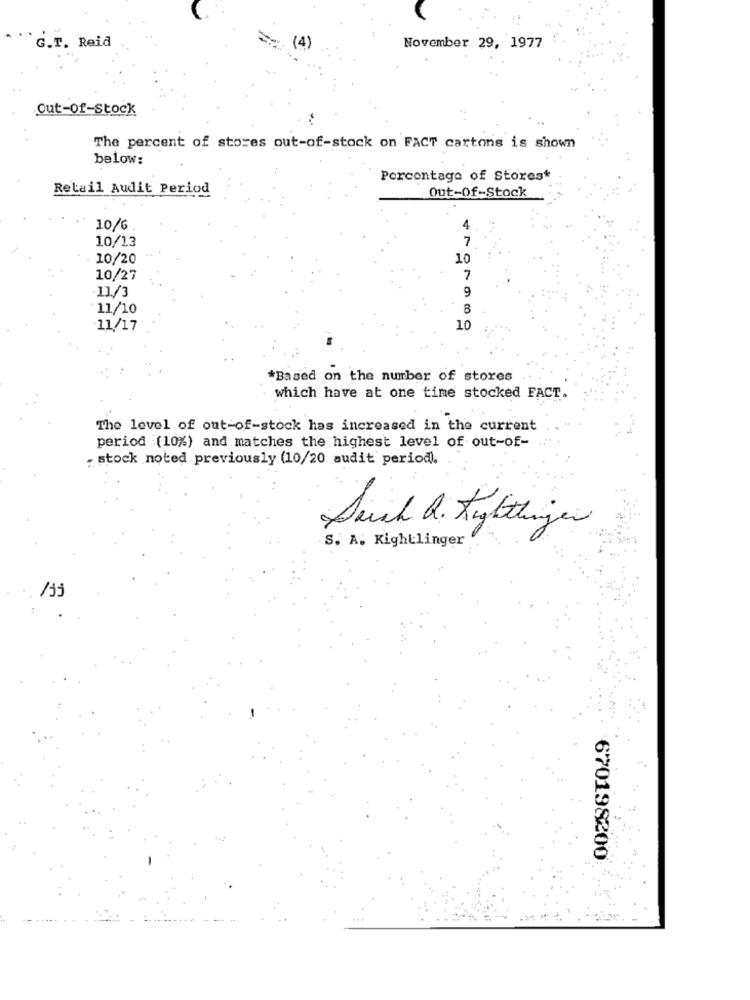
G.T. Reid
(4)
November 29, 1977
Out-Of-Stock
The percent of stores out-of-stock on FACT cartons is shown
below:
Porcontage of Stores*
Retail Audit Period
Out-Of-Stock
10/6
10/13
10/20
10
10/27
7
9
11/3
11/10
8
11/17
10
*Based on the number of stores
which have at one time stocked FACT.
The level of out-of-stock has increased in the current
period (10%) and matches the highest level of out-of-
. stock noted previously (10/20 audit period).
Such Q. Kytingen
S. A. Kightlinger
/jj
670198200